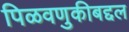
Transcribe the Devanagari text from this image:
पिळवणुकीबद्दल